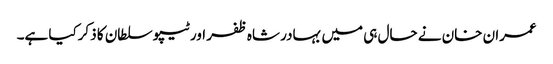
عمران خان نے حال ہی میں بہادر شاہ ظفر اور ٹیپو سلطان کا ذکرکیا ہے۔